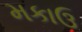
મકાઉ